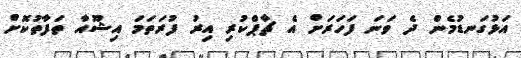
އަޅުގަނޑުމެން ދެ ވަނަ ފަހަރަށް އެ ޗާޕްކުރި އިރު ފުރަތަމަ އިޝޫއާ ތަފާތުކޮށް